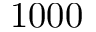
1 0 0 0